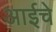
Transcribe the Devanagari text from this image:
अाईचे